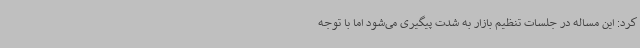
کرد: این مساله در جلسات تنظیم بازار به شدت پیگیری می‌شود اما با توجه